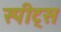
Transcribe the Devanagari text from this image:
स्पीट्स